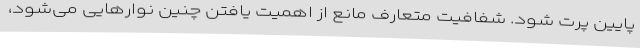
پایین پرت شود. شفافیت متعارف مانع از اهمیت یافتن چنین نوارهایی می‌شود،